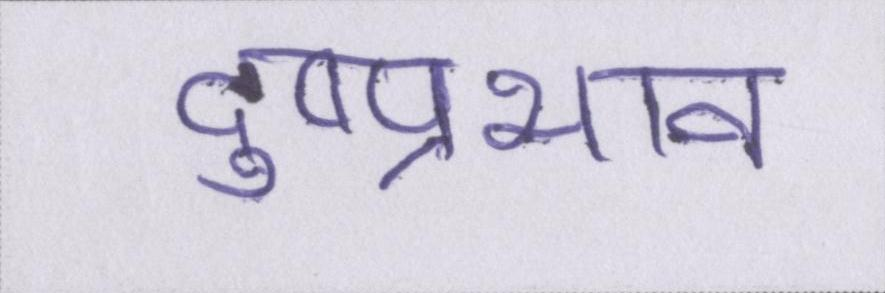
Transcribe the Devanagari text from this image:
दुष्प्रभाव